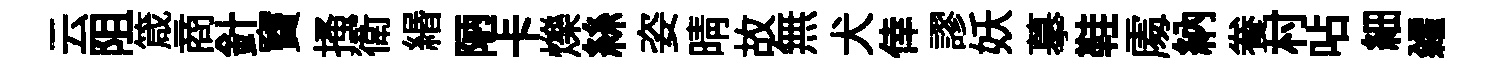
云阻箴商針竇搔衛緡陋卡爍絲姿晴故無犬倖謬妖摹鞋𠁅納飬村呫細糴